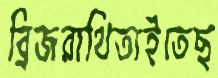
ব্রিজরাথিতাইতেছ